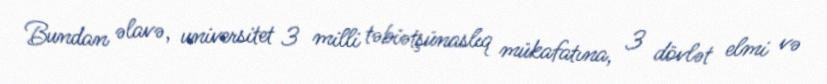
Bundan əlavə, universitet 3 milli təbiətşünaslıq mükafatına, 3 dövlət elmi və